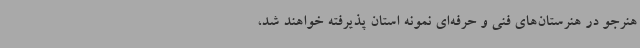
هنرجو در هنرستان‌های فنی و حرفه‌ای نمونه استان پذیرفته خواهند شد،